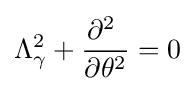
\Lambda _{\gamma }^{2}+{\frac {\partial ^{2}\ }{\partial \theta ^{2}}}=0